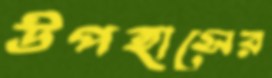
উপহাসের